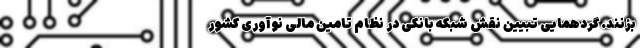
بزنند. گردهمایی تبیین نقش شبکه بانکی در نظام تامین مالی نوآوری کشور